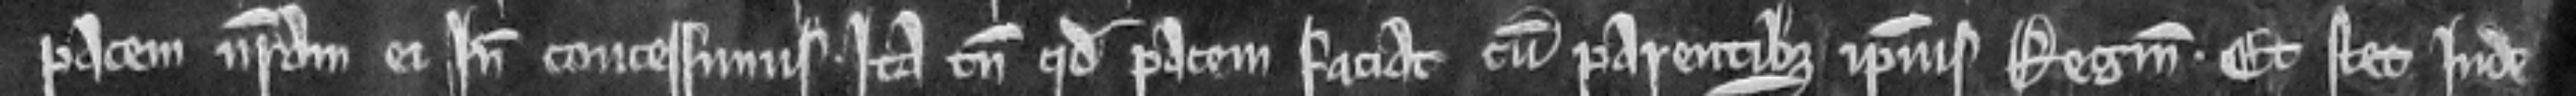
pacem nostram ei inde concessimus. Ita tantum quod pacem faciat cum parentibus ipsius Reginaldi. Et stet inde